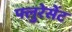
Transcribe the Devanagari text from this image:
फ्लुरेसेंट